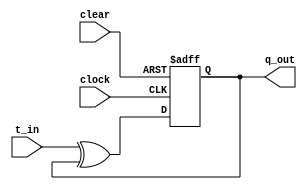
module t_ff_1(q_out,t_in,clock,clear);
    input t_in,clock,clear;
	 output reg q_out;
	 always @(posedge clock or negedge clear)
	     begin
		      if(~clear)
				   q_out <= 1'b0;
				else
				    q_out <= t_in ^ q_out;  
		  end
endmodule